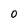
Character: 0